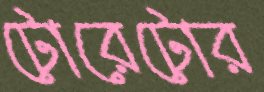
টোরেটোর